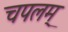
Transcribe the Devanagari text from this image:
चपलम्